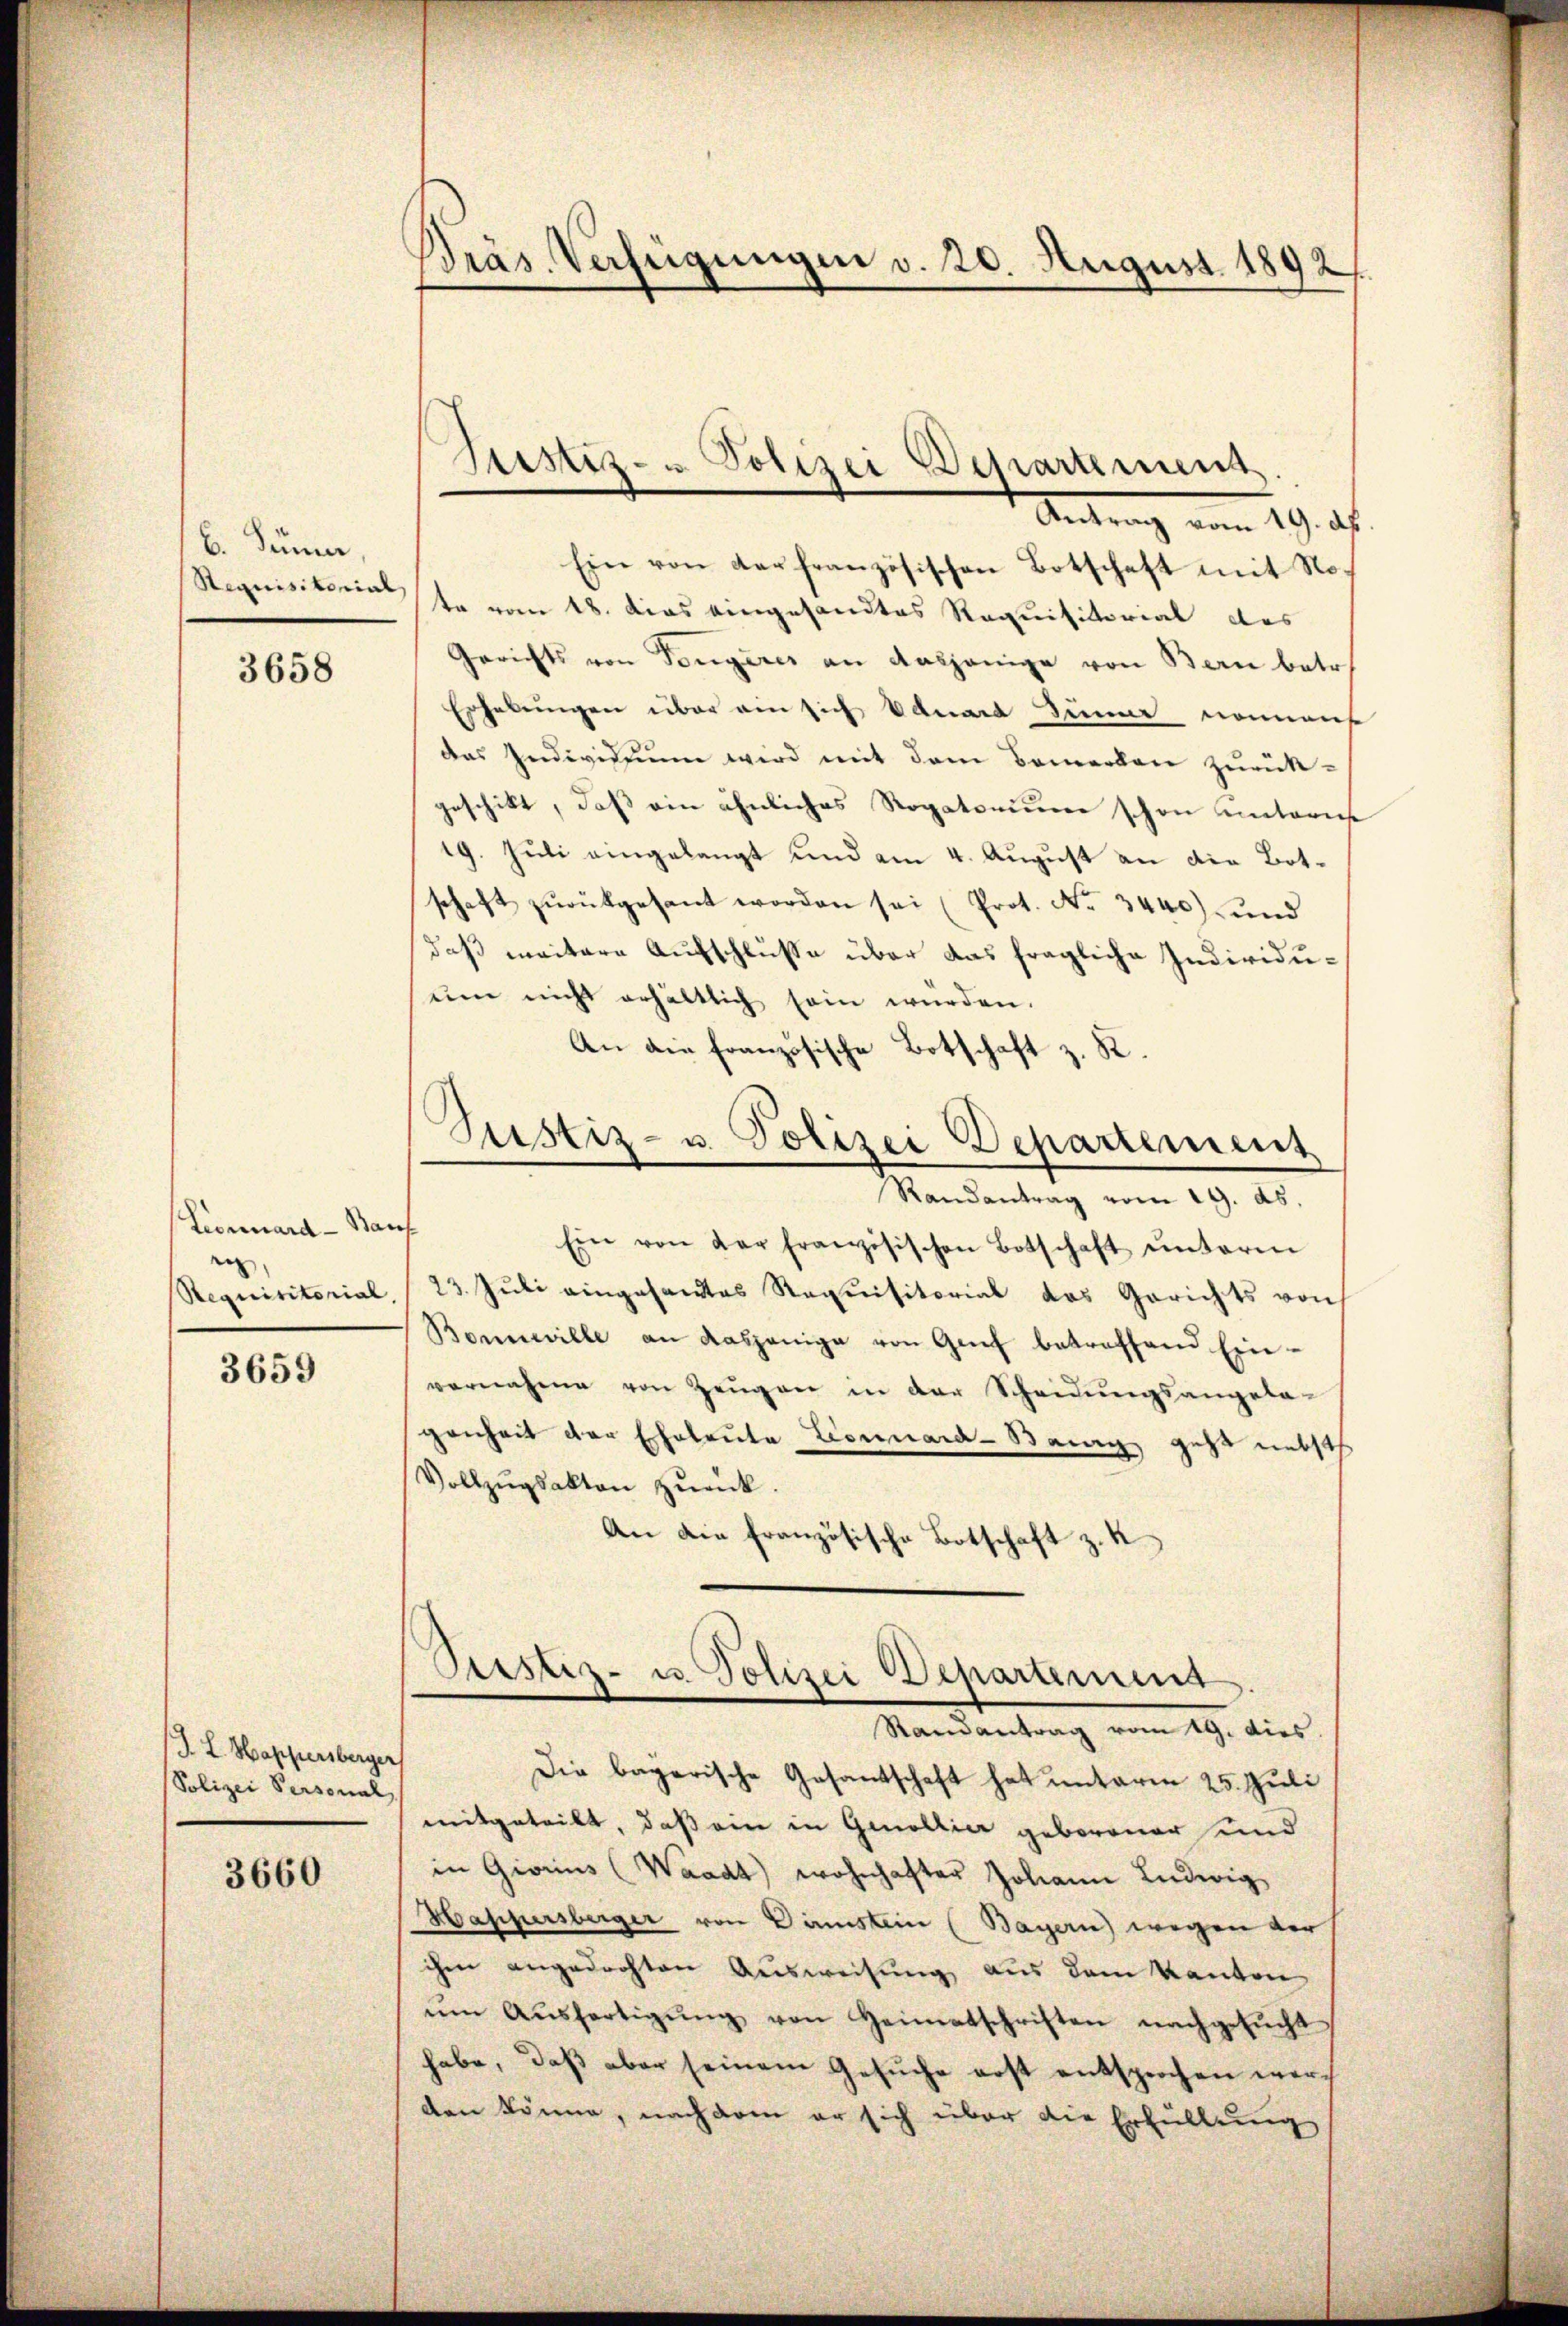
6. Jänner,
Stequisitorial

3658

Lionnara - Bauf
e
Requisitorial,

3659

J. L. Sappersberger
Polizei Personal

3660

Präs. Verfügungen v. 20. August 1892/

Antrag vom 19. d.
Ein von der französischen Botschaft mit Note vom 18. dies eingesandtes Requisitorial das
Gerichts von Tongeres an dasjenige von Bern betr
Erhebungen über am sich benart zumer nommens
das Indivistium wird mit dem Bemerken zurück-
geschikt, daß ein ähnliches Rogatorium schon unteriese
19. Juli eingelangt und am 4. August an die Botschaft zŭrückgesant worden sei (Prot. No. 3440) und
daß weitere Aufschlüße über das fragliche Individuŭm nicht erhältlich sein würden.
An die französische Botschaft z. R.
G
Justiz- u. Polizei Departement
Randantrag vom 19. ds.
Ein von der französischen Botschaft ŭnterm
23. Juli eingesandtes Requisitorial das Gerichts von
Bonnwille an dasjenige von Greif betreffend Ein-
vernahme von Zeugen in der Scheidungsangela-
genheit der Eheleute Leonard-Bany geht nebst
Vollzŭgsakten zŭrück.
An die französische Botschaft z. K

Justiz- & Polizei Departemens

Peistiz- u. Polizei Departement
Randantrag vom 19. dies.

Die bagarische Gesandtschaft hat unterm 25. Juli
mitgeteilt, daß ein in Genollier geborener und
in Giorius (Waadt) wohnhafter Johann Ludwig
Happersberger von Dämstein (Bayern) wegen der
ihm angedrohten Ausweisung aus dem Kanton
ŭm Aŭsfertigŭng von Heimatschriften nachgesŭcht
habe, daβ aber seinem Gesŭche erst entsprochen wurd
den könne, nach dem er sich über die Erfüllung